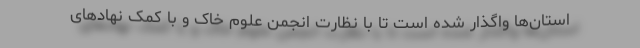
استان‌ها واگذار شده است تا با نظارت انجمن علوم خاک و با کمک نهاد‌های